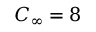
C _ { \infty } = 8